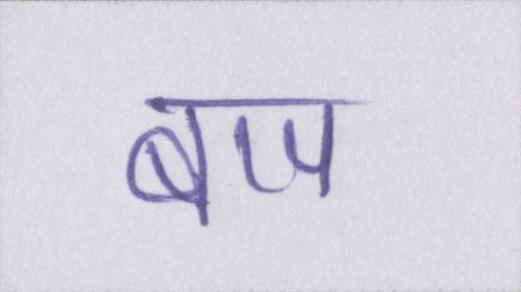
बाप